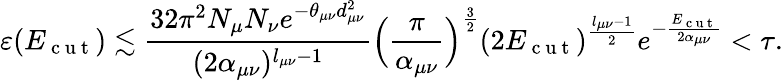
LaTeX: \varepsilon(E_{\mathrm{~c~u~t~}})\lesssim\frac{32\pi^{2}N_{\mu}N_{\nu}e^{-\theta_{\mu\nu}d_{\mu\nu}^{2}}}{(2\alpha_{\mu\nu})^{l_{\mu\nu}-1}}\Big(\frac{\pi}{\alpha_{\mu\nu}}\Big)^{\frac{3}{2}}(2E_{\mathrm{~c~u~t~}})^{\frac{l_{\mu\nu}-1}{2}}e^{-\frac{E_{\mathrm{~c~u~t~}}}{2\alpha_{\mu\nu}}}<\tau.